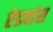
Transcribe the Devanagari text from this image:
ऐडवांस